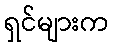
ရှင်များက